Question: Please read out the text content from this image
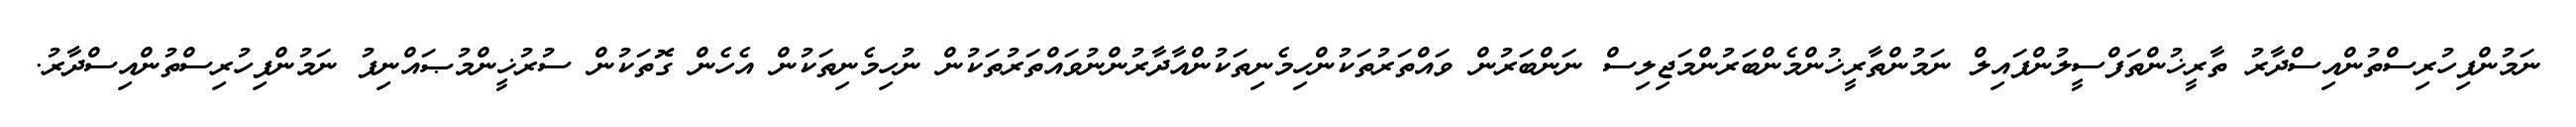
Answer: ނަމުންފިހުރިސްތުންއިސްދާރު ތާރީޚުންތަފްސީލުންފައިލް ނަމުންތާރީޚުންމެންބަރުންމަޖިލިސް ނަންބަރުން ވައްތަރުތަކުންހިމެނިތަކުންއާދާރުންނުވައްތަރުތަކުން ނުހިމެނިތަކުން އެހެން ގޮތަކުން ސުރުޚީންމުޞައްނިފު ނަމުންފިހުރިސްތުންއިސްދާރު.